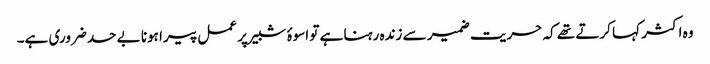
وہ اکثر کہا کرتے تھے کہ حریت ضمیر سے زندہ رہنا ہے تو اسوۂ شبیر پر عمل پیرا ہونا بے حد ضروری ہے۔